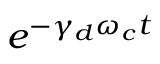
e ^ { - \gamma _ { d } \omega _ { c } t }